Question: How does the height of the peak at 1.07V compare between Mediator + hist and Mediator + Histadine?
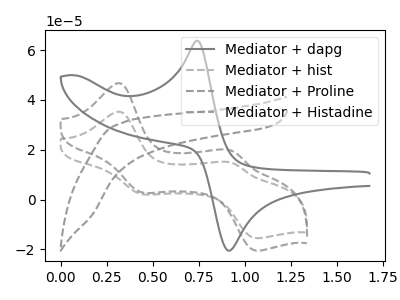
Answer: <think>The gray curve "Mediator + dapg" has an anodic peak at (0.75V, 63.80uA) and a cathodic peak at (0.90V, -20.45uA). The gray dashed curve "Mediator + hist" has anodic peaks at (0.30V, 35.25uA) (0.95V, 14.85uA) and cathodic peaks at (0.45V, 2.10uA) (1.05V, -15.45uA). The gray dashed curve "Mediator + Proline" has no peaks. The gray dashed curve "Mediator + Histadine" has anodic peaks at (0.30V, 46.65uA) (0.95V, 19.70uA) and cathodic peaks at (0.45V, 2.80uA) (1.05V, -20.45uA).</think>
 <answer>The peak at 1.07V is lower in "Mediator + hist" than in "Mediator + Histadine".</answer>
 <eval>lower</eval>